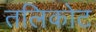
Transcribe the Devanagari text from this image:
तलिकोट